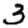
Digit: 3